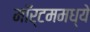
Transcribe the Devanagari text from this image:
मॉर्टममध्ये